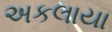
અકલાયા